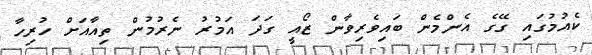
ކެއުމުގައި ގޭގެ އެންމެން ބައިވެރިވާން ޒޯއީ ގަދަ އަމުރު ނެރުމުން ތިއާއަށް ހުރިހާ